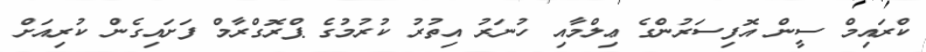
ކްރައިމް ސީން އޮފިސަރުންގެ ޢިލްމާއި ހުނަރު އިތުރު ކުރުމުގެ ޕްރޮގްރާމް ފަށައިގެން ކުރިއަށް